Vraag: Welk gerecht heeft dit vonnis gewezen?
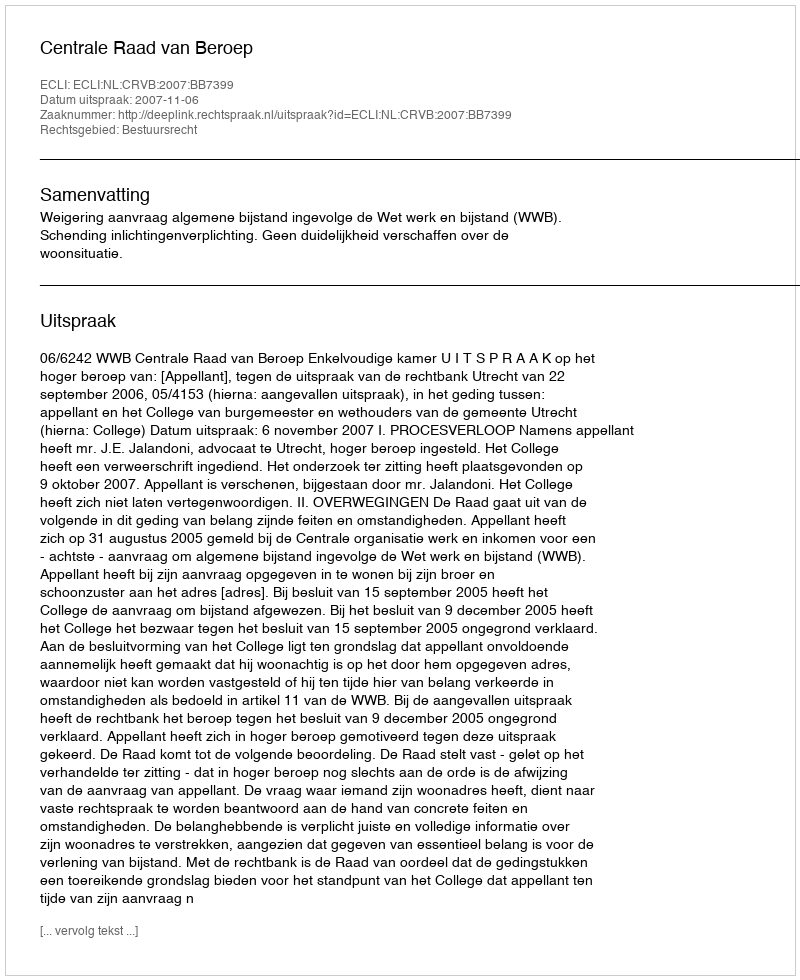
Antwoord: Centrale Raad van Beroep